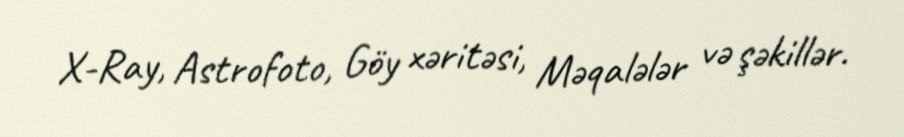
X-Ray, Astrofoto, Göy xəritəsi, Məqalələr və şəkillər.